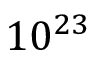
1 0 ^ { 2 3 }